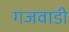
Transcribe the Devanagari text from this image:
गजवाडी